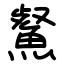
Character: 䱗